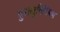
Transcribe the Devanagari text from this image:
दुरालुमिनियम